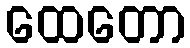
ထေတော